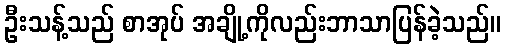
ဦးသန့်သည် စာအုပ် အချို့ကိုလည်းဘာသာပြန်ခဲ့သည်။